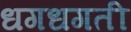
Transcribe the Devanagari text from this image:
धगधगती